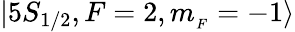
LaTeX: |5S_{1/2},F=2,m_{_F}=-1\rangle